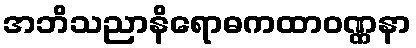
အဘိသညာနိရောဓကထာဝဏ္ဏနာ